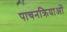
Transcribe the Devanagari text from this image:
पाचनक्रियाओं